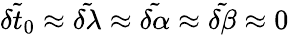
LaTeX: \tilde{\delta t_{0}}\approx\tilde{\delta\lambda}\approx\tilde{\delta\alpha}\approx\tilde{\delta\beta}\approx 0